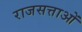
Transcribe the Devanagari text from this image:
राजसत्ताओं